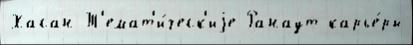
Хасан Т'емат'и́ческ'иjе Ранаут карье́ры